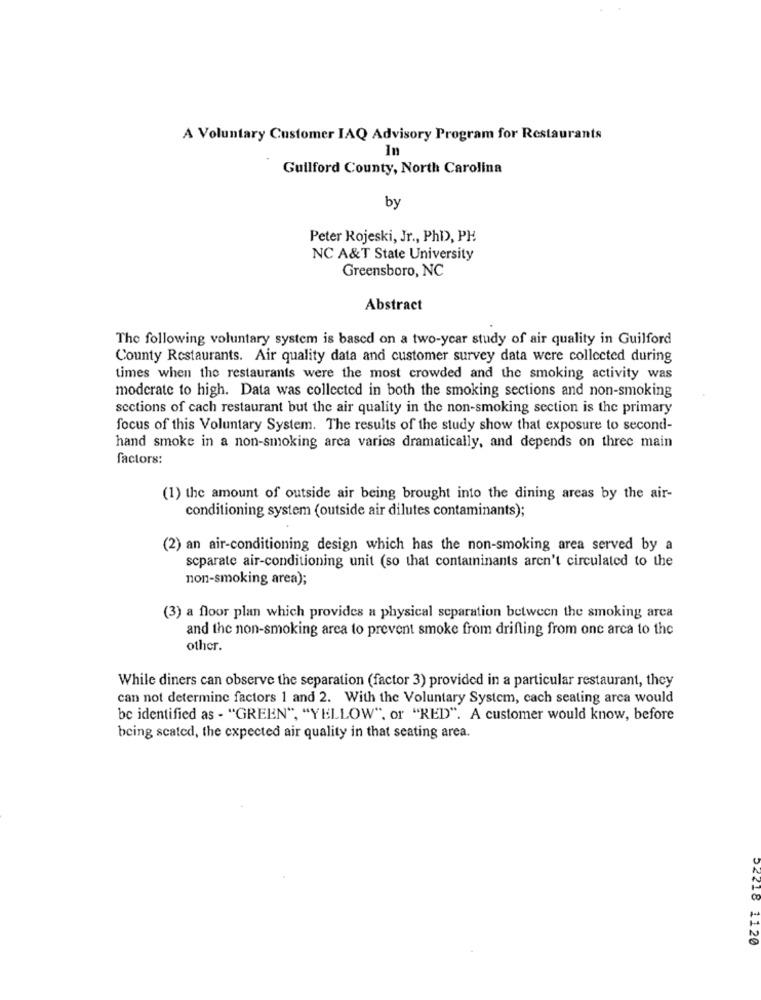
A Voluntary Customer IAQ Advisory Program for Restaurants
In
Guilford County, North Carolina
by
Peter Rojeski, Jr ., PhD), PH
NC A&T State University
Greensboro, NC
Abstract
The following voluntary system is based on a two-year study of air quality in Guilford
County Restaurants. Air quality data and customer survey data were collected during
times when the restaurants were the most crowded and the smoking activity was
moderate to high. Data was collected in both the smoking sections and non-smoking
sections of cach restaurant but the air quality in the non-smoking section is the primary
focus of this Voluntary System. The results of the study show that exposure to second-
hand smoke in a non-smoking arca varies dramatically, and depends on three main
factors:
(1) the amount of outside air being brought into the dining areas by the air-
conditioning system (outside air dilutes contaminants);
(2) an air-conditioning design which has the non-smoking area served by a
scparate air-conditioning unit (so that contaminants aren't circulated to the
non-smoking area);
(3) a floor plan which provides a physical separation between the smoking arca
and the non-smoking area to prevent smoke from drifting from one arca to the
other.
While diners can observe the separation (factor 3) provided in a particular restaurant, they
can not determine factors 1 and 2. With the Voluntary System, cach seating arca would
be identified as - "GREEN", "YELLOW", or "RED". A customer would know, before
being scated, the expected air quality in that seating area.
1120